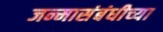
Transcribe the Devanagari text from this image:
जन्मासंबंधीच्या